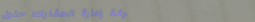
شركة إدارة العقارات: حلول